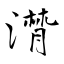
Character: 潸